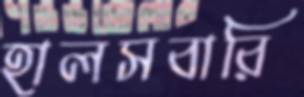
হালসবারি